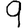
Digit: 9